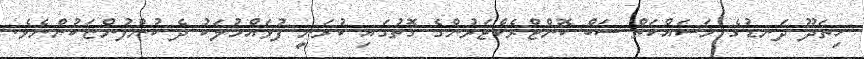
ހިތަދޫ ދަނޑުގެ މަސައްކަތް ސަބް ކޮންޓްރެކްޓަރުންގެ ގޮތުގައި ކުރަނީ ފުވައްމުލަކު ދެ ކުންފުންޏަކުންނެވެ.